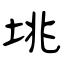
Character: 垗